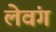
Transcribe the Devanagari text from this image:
लेवंग